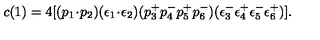
c ( 1 ) = 4 [ ( p _ { 1 } \! \cdot \! p _ { 2 } ) ( \epsilon _ { 1 } \! \cdot \! \epsilon _ { 2 } ) ( p _ { 3 } ^ { + } p _ { 4 } ^ { - } p _ { 5 } ^ { + } p _ { 6 } ^ { - } ) ( \epsilon _ { 3 } ^ { - } \epsilon _ { 4 } ^ { + } \epsilon _ { 5 } ^ { - } \epsilon _ { 6 } ^ { + } ) ] .